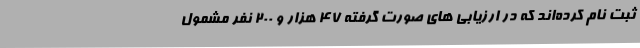
ثبت نام کرده‌اند که در ارزیابی های صورت گرفته 47 هزار و 200 نفر مشمول